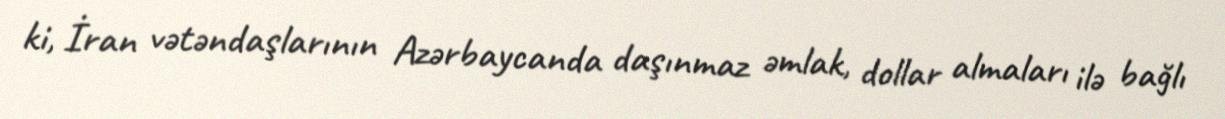
ki, İran vətəndaşlarının Azərbaycanda daşınmaz əmlak, dollar almaları ilə bağlı